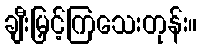
ချီးမြှင့်ကြသေးတုန်း။